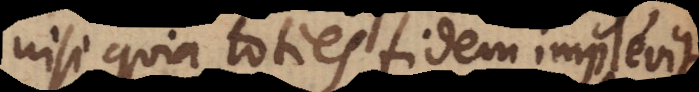
nisi quia toties fidem implevit.